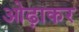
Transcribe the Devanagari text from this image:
ओढ़ाकर